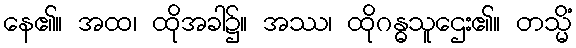
နေ၏။ အထ၊ ထိုအခါ၌။ အဿ၊ ထိုဂန္ဓသူဌေး၏။ တသ္မိံ